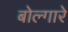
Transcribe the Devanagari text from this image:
बोल्गारे